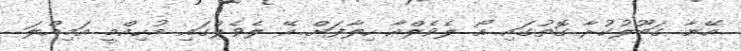
އޭނާ ގަބޫލުކުރާ ގޮތުގައި އޯ ލެވެލްއާ ހިލާފަށް އޭ ލެވެލްގައި މުހިއްމީ އަމިއްލަ